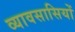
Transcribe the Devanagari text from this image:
व्यावसासियों